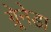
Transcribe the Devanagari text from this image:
ग्र्रेनेडा